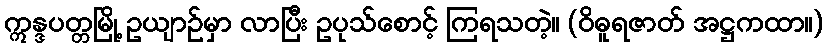
ဣန္ဒပတ္တမြို့ ဥယျာဉ်မှာ လာပြီး ဥပုသ်စောင့် ကြရသတဲ့။ (ဝိဓူရဇာတ် အဋ္ဌကထာ။)